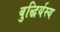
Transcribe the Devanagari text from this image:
बुद्धिर्यस्य